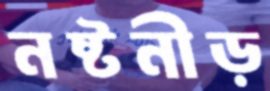
নষ্টনীড়